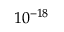
1 0 ^ { - 1 8 }